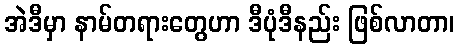
အဲဒီမှာ နာမ်တရားတွေဟာ ဒီပုံဒီနည်း ဖြစ်လာတာ၊